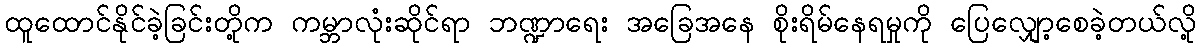
ထူထောင်နိုင်ခဲ့ခြင်းတို့က ကမ္ဘာလုံးဆိုင်ရာ ဘဏ္ဍာရေး အခြေအနေ စိုးရိမ်နေရမှုကို ပြေလျှော့စေခဲ့တယ်လို့